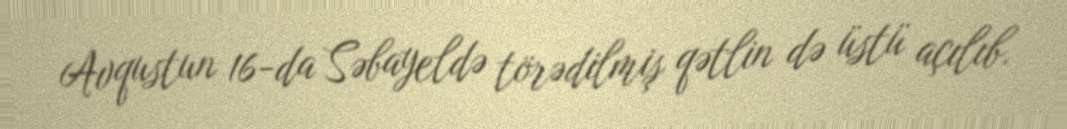
Avqustun 16-da Səbayeldə törədilmiş qətlin də üstü açılıb.